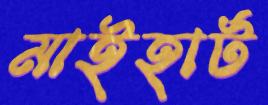
মাইহার্ট